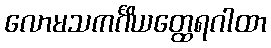
လောမသကင်္ဂိယတ္ထေရဂါထာ